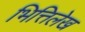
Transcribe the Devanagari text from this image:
भित्तिलेख